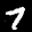
Label: 7